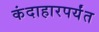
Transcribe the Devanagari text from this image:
कंदाहारपर्यंत